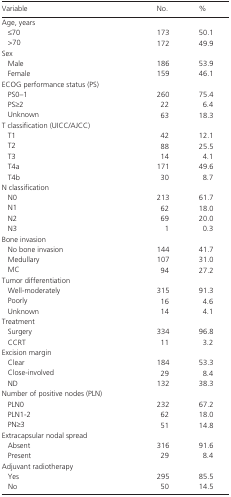
<table><thead><tr><td><b>Variable</b></td><td><b>No.</b></td><td><b>%</b></td></tr></thead><tbody><tr><td colspan="3">Age, years</td></tr><tr><td>≤70</td><td>173</td><td>50.1</td></tr><tr><td>&gt;70</td><td>172</td><td>49.9</td></tr><tr><td colspan="3">Sex</td></tr><tr><td>Male</td><td>186</td><td>53.9</td></tr><tr><td>Female</td><td>159</td><td>46.1</td></tr><tr><td colspan="3">ECOG performance status (PS)</td></tr><tr><td>PS0–1</td><td>260</td><td>75.4</td></tr><tr><td>PS≥2</td><td>22</td><td>6.4</td></tr><tr><td>Unknown</td><td>63</td><td>18.3</td></tr><tr><td colspan="3">T classification (UICC/AJCC)</td></tr><tr><td>T1</td><td>42</td><td>12.1</td></tr><tr><td>T2</td><td>88</td><td>25.5</td></tr><tr><td>T3</td><td>14</td><td>4.1</td></tr><tr><td>T4a</td><td>171</td><td>49.6</td></tr><tr><td>T4b</td><td>30</td><td>8.7</td></tr><tr><td colspan="3">N classification</td></tr><tr><td>N0</td><td>213</td><td>61.7</td></tr><tr><td>N1</td><td>62</td><td>18.0</td></tr><tr><td>N2</td><td>69</td><td>20.0</td></tr><tr><td>N3</td><td>1</td><td>0.3</td></tr><tr><td colspan="3">Bone invasion</td></tr><tr><td>No bone invasion</td><td>144</td><td>41.7</td></tr><tr><td>Medullary</td><td>107</td><td>31.0</td></tr><tr><td>MC</td><td>94</td><td>27.2</td></tr><tr><td colspan="3">Tumor differentiation</td></tr><tr><td>Well‐moderately</td><td>315</td><td>91.3</td></tr><tr><td>Poorly</td><td>16</td><td>4.6</td></tr><tr><td>Unknown</td><td>14</td><td>4.1</td></tr><tr><td colspan="3">Treatment</td></tr><tr><td>Surgery</td><td>334</td><td>96.8</td></tr><tr><td>CCRT</td><td>11</td><td>3.2</td></tr><tr><td colspan="3">Excision margin</td></tr><tr><td>Clear</td><td>184</td><td>53.3</td></tr><tr><td>Close‐involved</td><td>29</td><td>8.4</td></tr><tr><td>ND</td><td>132</td><td>38.3</td></tr><tr><td colspan="3">Number of positive nodes (PLN)</td></tr><tr><td>PLN0</td><td>232</td><td>67.2</td></tr><tr><td>PLN1‐2</td><td>62</td><td>18.0</td></tr><tr><td>PN≥3</td><td>51</td><td>14.8</td></tr><tr><td colspan="3">Extracapsular nodal spread</td></tr><tr><td>Absent</td><td>316</td><td>91.6</td></tr><tr><td>Present</td><td>29</td><td>8.4</td></tr><tr><td colspan="3">Adjuvant radiotherapy</td></tr><tr><td>Yes</td><td>295</td><td>85.5</td></tr><tr><td>No</td><td>50</td><td>14.5</td></tr></tbody></table>